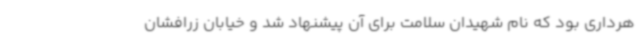
هرداری بود که نام شهیدان سلامت برای آن پیشنهاد شد و خیابان زرافشان